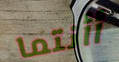
أأنتما